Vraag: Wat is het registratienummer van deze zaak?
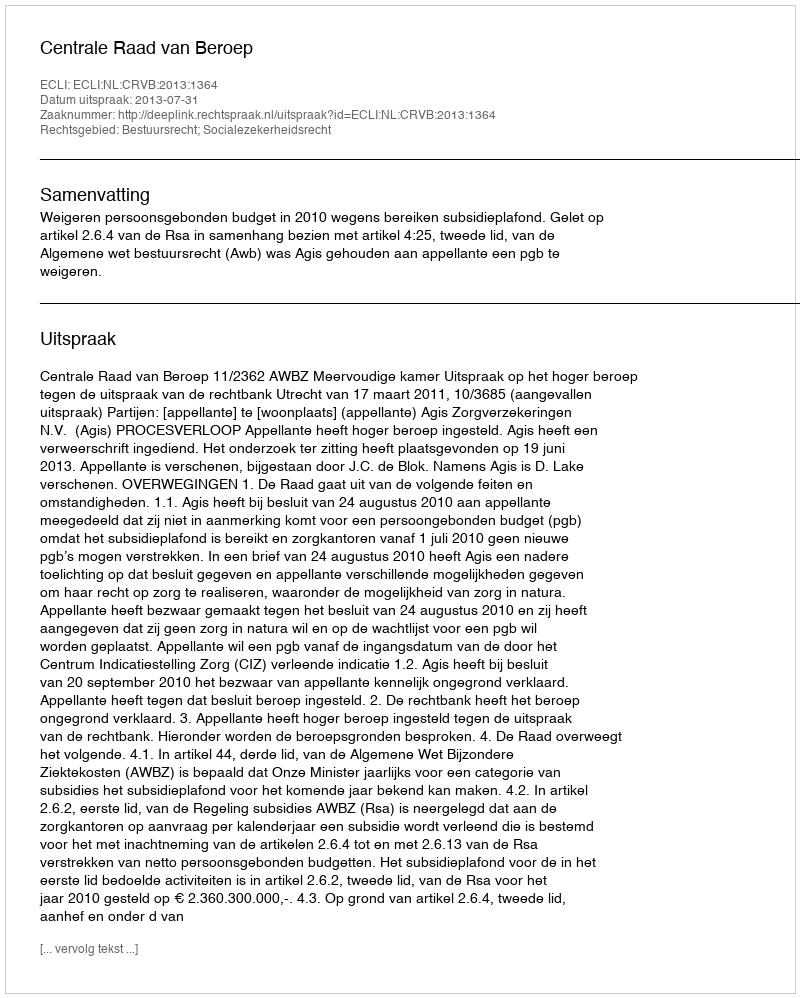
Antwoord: http://deeplink.rechtspraak.nl/uitspraak?id=ECLI:NL:CRVB:2013:1364